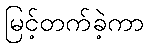
မြင့်တက်ခဲ့ကာ